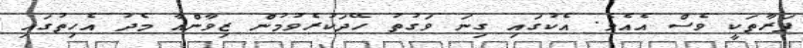
ފަރާތަކީ ވެސް އެއެވެ. އެކުގައި ގިނަ ވަގުތު ހޭދަކުރެވުމުން ޒިވާންއާ މެދު އެހިތުގައި